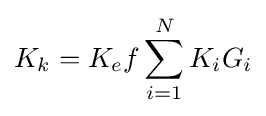
K_{k}=K_{e}f\sum _{i=1}^{N}K_{i}G_{i}